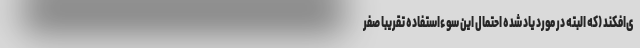
ی‌افکند (که البته در مورد یاد شده احتمال این سوء‌استفاده تقریباً صفر